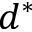
d ^ { * }